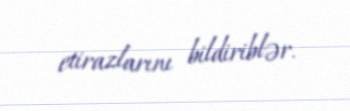
etirazlarını bildiriblər.